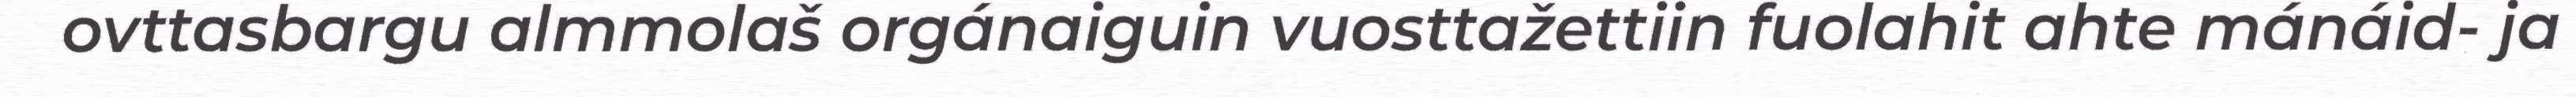
ovttasbargu almmolaš orgánaiguin vuosttažettiin fuolahit ahte mánáid- ja